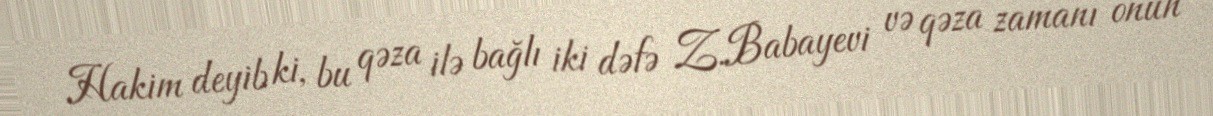
Hakim deyib ki, bu qəza ilə bağlı iki dəfə Z.Babayevi və qəza zamanı onun